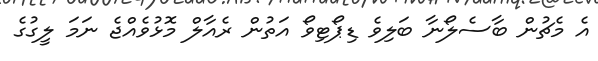
އެ މެޗުން ބާސެލޯނާ ބަލިވެ ޑިޕޯޓިވޯ އަތުން ރެއާލް މޮޅުވެއްޖެ ނަމަ ލީގުގެ